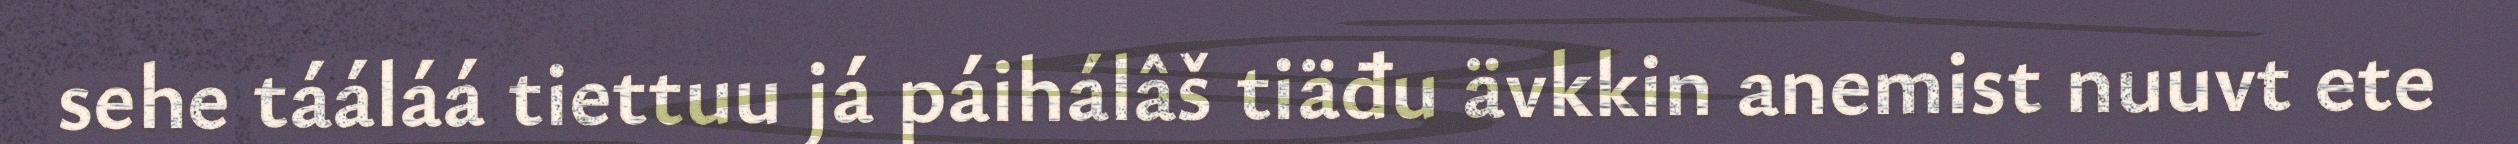
sehe tááláá tiettuu já páihálâš tiäđu ävkkin anemist nuuvt ete